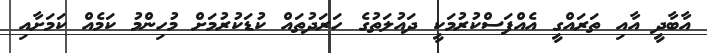
އާބާދީ އާއި ތަރައްގީ އެއްފަސްކުރުމަކީ ދައުލަތުގެ ހަރަދުތައް ކުޑަކުރުމަށް މުހިންމު ކަމެއް ކަމަށާއި